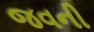
જવની